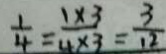
\frac { 1 } { 4 } = \frac { 1 \times 3 } { 4 \times 3 } = \frac { 3 } { 1 2 }